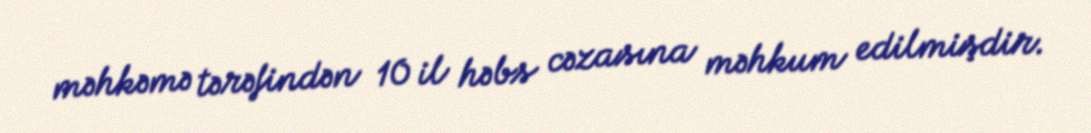
məhkəmə tərəfindən 10 il həbs cəzasına məhkum edilmişdir.